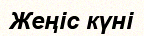
Жеңіс күні